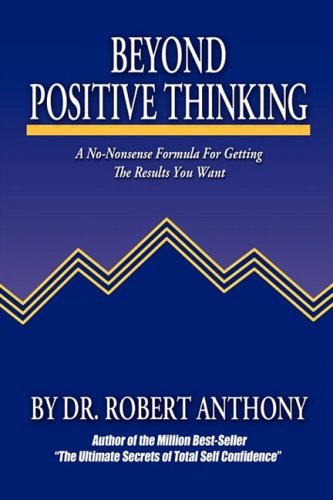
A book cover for Beyond Positive Thinking: A No-Nonsense Formula for Getting the Results You Want; Robert Anthony; Business & Money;